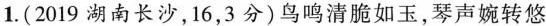
1.(2019湖南长沙，16，3分)鸟鸣清脆如玉，琴声婉转悠